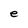
Character: e